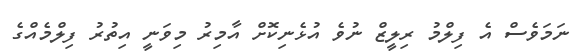
ނަމަވެސް އެ ފިލްމު ރިލީޒް ނުވެ އުޅެނިކޮށް އާމިރު މިވަނީ އިތުރު ފިލްމެއްގެ